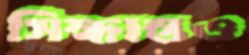
সিন্ধান্তও